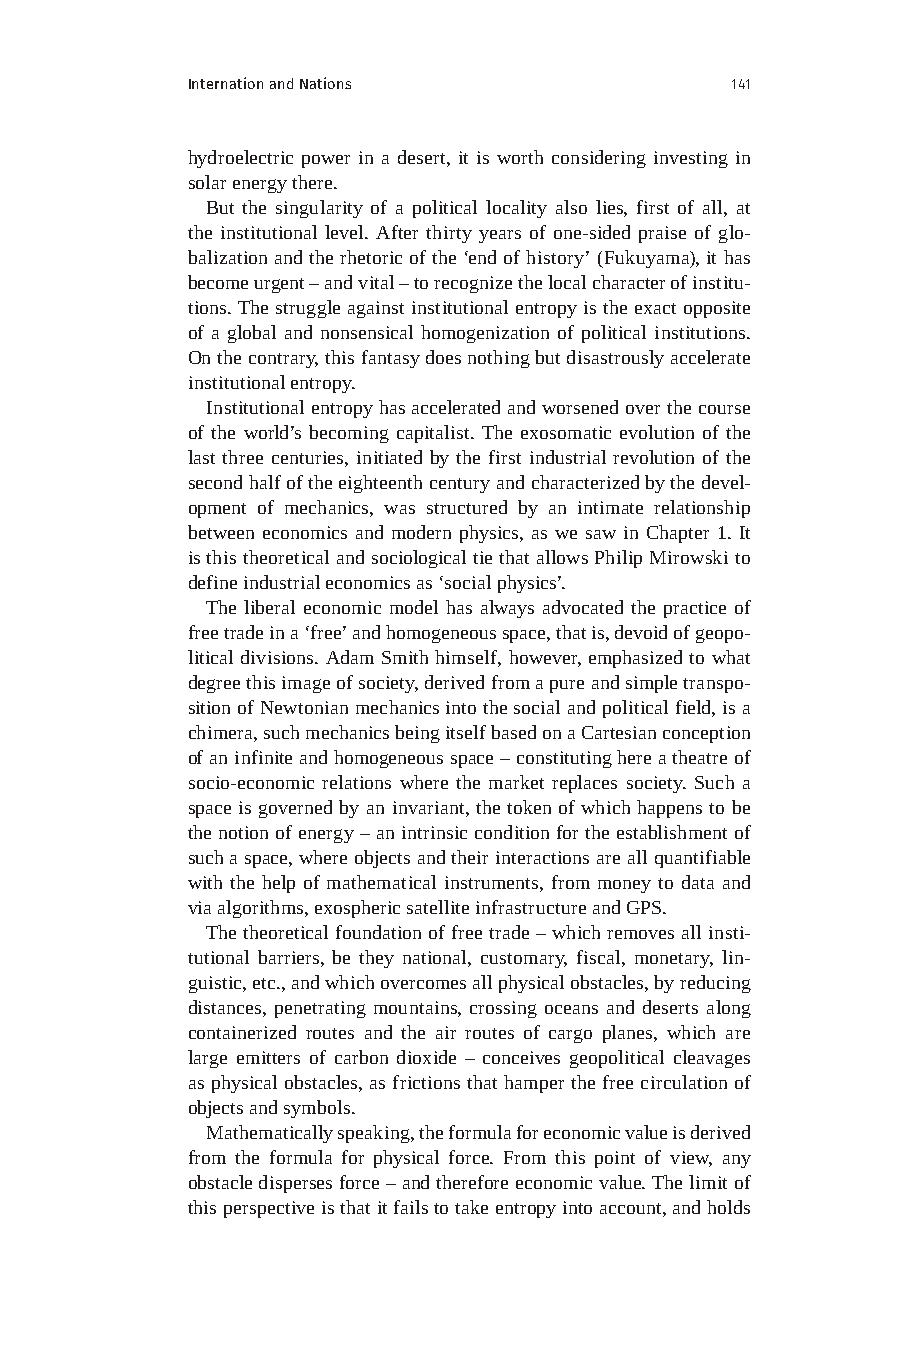
Internation and Nations             141
 hydroelectric power in a desert, it is worth considering investing in
 solar energy there.
 But the singularity of a political locality also lies, first of all, at
 the institutional level. After thirty years of one-sided praise of glo-
 balization and the rhetoric of the ‘end of history’ (Fukuyama), it has
 become urgent – and vital – to recognize the local character of institu-
 tions. The struggle against institutional entropy is the exact opposite
 of a global and nonsensical homogenization of political institutions.
 On the contrary, this fantasy does nothing but disastrously accelerate
 institutional entropy.
 Institutional entropy has accelerated and worsened over the course
 of the world’s becoming capitalist. The exosomatic evolution of the
 last three centuries, initiated by the first industrial revolution of the
 second half of the eighteenth century and characterized by the devel-
 opment of mechanics, was structured by an intimate relationship
 between economics and modern physics, as we saw in Chapter 1. It
 is this theoretical and sociological tie that allows Philip Mirowski to
 define industrial economics as ‘social physics’.
 The liberal economic model has always advocated the practice of
 free trade in a ‘free’ and homogeneous space, that is, devoid of geopo-
 litical divisions. Adam Smith himself, however, emphasized to what
 degree this image of society, derived from a pure and simple transpo-
 sition of Newtonian mechanics into the social and political field, is a
 chimera, such mechanics being itself based on a Cartesian conception
 of an infinite and homogeneous space – constituting here a theatre of
 socio-economic relations where the market replaces society. Such a
 space is governed by an invariant, the token of which happens to be
 the notion of energy – an intrinsic condition for the establishment of
 such a space, where objects and their interactions are all quantifiable
 with the help of mathematical instruments, from money to data and
 via algorithms, exospheric satellite infrastructure and GPS.
 The theoretical foundation of free trade – which removes all insti-
 tutional barriers, be they national, customary, fiscal, monetary, lin-
 guistic, etc., and which overcomes all physical obstacles, by reducing
 distances, penetrating mountains, crossing oceans and deserts along
 containerized routes and the air routes of cargo planes, which are
 large emitters of carbon dioxide – conceives geopolitical cleavages
 as physical obstacles, as frictions that hamper the free circulation of
 objects and symbols.
 Mathematically speaking, the formula for economic value is derived
 from the formula for physical force. From this point of view, any
 obstacle disperses force – and therefore economic value. The limit of
 this perspective is that it fails to take entropy into account, and holds